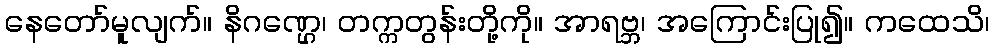
နေတော်မူလျက်။ နိဂဏ္ဌေ၊ တက္ကတွန်းတို့ကို။ အာရဗ္ဘ၊ အကြောင်းပြု၍။ ကထေသိ၊